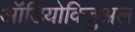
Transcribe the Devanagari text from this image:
ऑडियोविजुअल